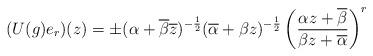
LaTeX: \begin{align*}(U(g)e_r)(z)= \pm(\alpha+\overline{\beta}\overline{z})^{-\frac{1}{2}}(\overline{\alpha}+\beta z)^{-\frac{1}{2}} \left( \frac{\alpha z +\overline{\beta}}{\beta z + \overline{\alpha}}\right)^r\end{align*}